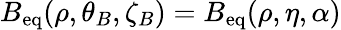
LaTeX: B_{\mathrm{eq}}(\rho,\theta_{B},\zeta_{B})=B_{\mathrm{eq}}(\rho,\eta,\alpha)